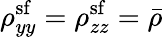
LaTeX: \rho_{yy}^{\mathrm{sf}}=\rho_{zz}^{\mathrm{sf}}=\bar{\rho}